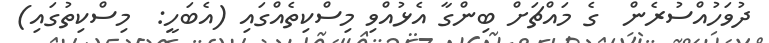
ދުވަހުއްސުރެން  ގެ މައްޗަށް ބިންގާ އެޅުއްވި މިސްކިތެއްގައި (އެބަހީ:  މިސްކިތުގައި)